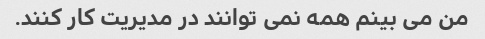
من می بینم همه نمی توانند در مدیریت کار کنند.